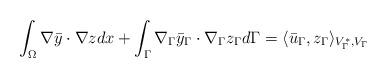
LaTeX: \begin{align*}\int_{\Omega }^{} \nabla \bar{y}\cdot \nabla z dx + \int_{\Gamma }^{} \nabla _\Gamma \bar{y}_\Gamma \cdot \nabla _\Gamma z_\Gamma d\Gamma =\langle \bar{u}_\Gamma , z_\Gamma \rangle _{V^*_\Gamma , V_\Gamma }\end{align*}